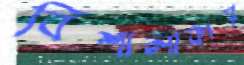
বিশালাকায়